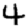
Digit: 4